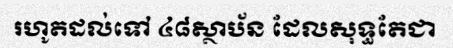
រហូតដល់ទៅ ៤៨ស្ថាប័ន ដែលសុទ្ធតែជា